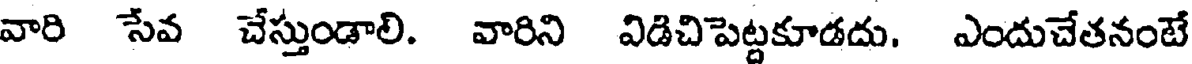
వారి సేవ చేస్తుండాలి. వారిని విడిచిపెట్టకూడదు. ఎందుచేతనంటే